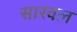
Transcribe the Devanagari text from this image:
सारवल